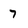
Character: 7